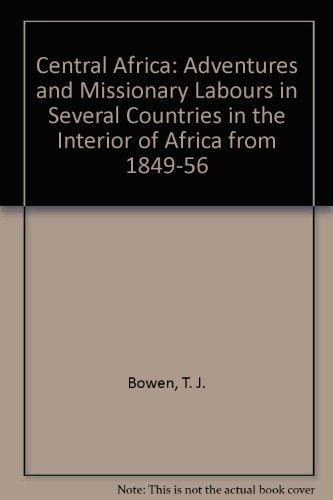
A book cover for Central Africa: Adventures and Missionary Labors in Several Countries in the Interior of Africa, from 1849 to 1856; T. J. Bowen; Travel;